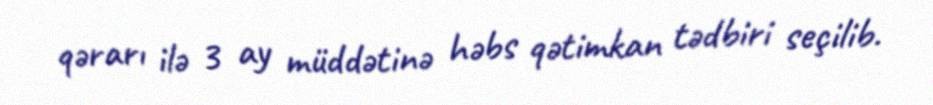
qərarı ilə 3 ay müddətinə həbs qətimkan tədbiri seçilib.